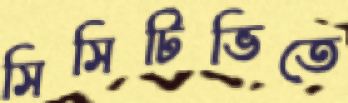
সিসিটিভিতে